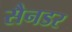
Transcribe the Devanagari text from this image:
सैनडर